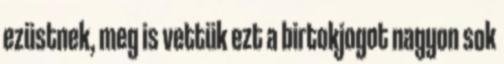
ezüstnek, meg is vettük ezt a birtokjogot nagyon sok